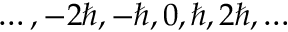
\ldots , - 2 \hbar , - \hbar , 0 , \hbar , 2 \hbar , \ldots